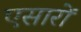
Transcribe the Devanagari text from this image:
एसारों